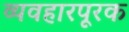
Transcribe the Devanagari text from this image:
व्यवहारपूरक